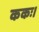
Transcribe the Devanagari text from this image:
ककः।